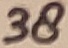
Text: 38